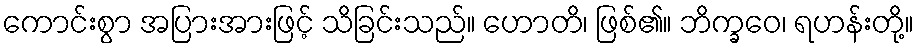
ကောင်းစွာ အပြားအားဖြင့် သိခြင်းသည်။ ဟောတိ၊ ဖြစ်၏။ ဘိက္ခဝေ၊ ရဟန်းတို့။